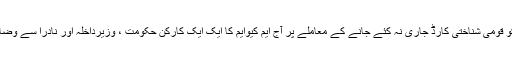
الطاف حسین کو قومی شناختی کارڈ جاری نہ کئے جانے کے معاملے پر آج ایم کیوایم کا ایک ایک کارکن حکومت ، وزیرداخلہ اور نادرا سے وضاحت چاہتا ہے۔